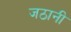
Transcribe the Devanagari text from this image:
जठानी